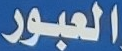
العبور